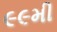
૯૯મી